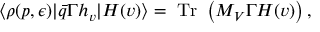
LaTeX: \langle \rho ( p , \epsilon ) | \bar { q } \Gamma h _ { v } | H ( v ) \rangle = \mathrm { ~ T r ~ } \left( { \cal M } _ { V } \Gamma H ( v ) \right) ,